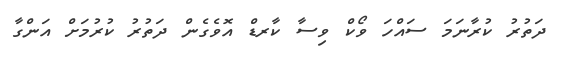
ދަތުރު ކުރާނަމަ ސައްހަ ވޯކް ވިސާ ކާރޑް އޮވެގެން ދަތުރު ކުރުމަށް އަންގާ